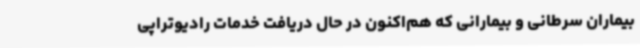
بیماران سرطانی و بیمارانی که هم‌اکنون در حال دریافت خدمات رادیوتراپی